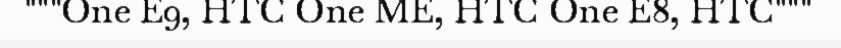
"""One E9, HTC One ME, HTC One E8, HTC"""